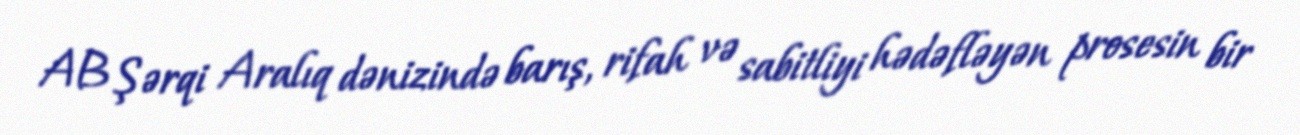
AB Şərqi Aralıq dənizində barış, rifah və sabitliyi hədəfləyən prosesin bir